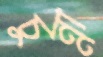
চুন্না